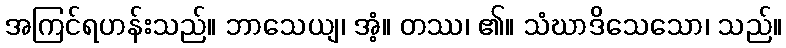
အကြင်ရဟန်းသည်။ ဘာသေယျ၊ အံ့။ တဿ၊ ၏။ သံဃာဒိသေသော၊ သည်။